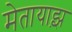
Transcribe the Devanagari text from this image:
मेतायाझ़